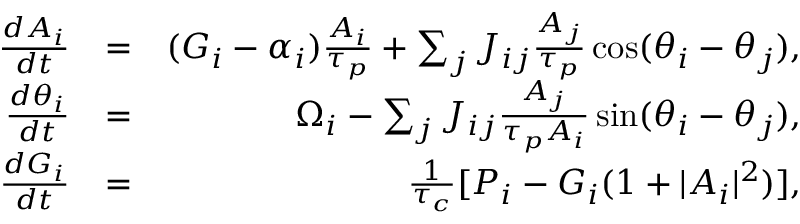
\begin{array} { r l r } { \frac { d A _ { i } } { d t } } & { = } & { ( G _ { i } - \alpha _ { i } ) \frac { A _ { i } } { \tau _ { p } } + \sum _ { j } J _ { i j } \frac { A _ { j } } { \tau _ { p } } \cos ( \theta _ { i } - \theta _ { j } ) , } \\ { \frac { d \theta _ { i } } { d t } } & { = } & { \Omega _ { i } - \sum _ { j } J _ { i j } \frac { A _ { j } } { \tau _ { p } A _ { i } } \sin ( \theta _ { i } - \theta _ { j } ) , } \\ { \frac { d G _ { i } } { d t } } & { = } & { \frac { 1 } { \tau _ { c } } [ P _ { i } - G _ { i } ( 1 + | A _ { i } | ^ { 2 } ) ] , } \end{array}